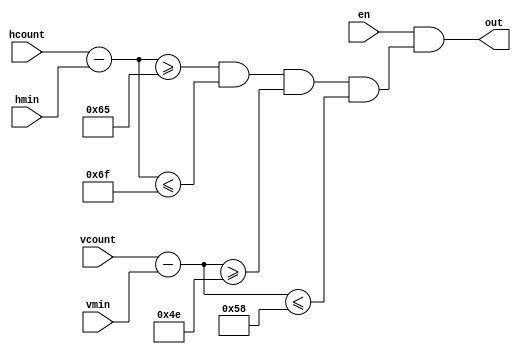
`timescale 1ns / 1ps
//////////////////////////////////////////////////////////////////////////////////
// Company: 
// Engineer: 
// 
// Design Name: 
// Module Name:    dotfig 
// Project Name: 
// Target Devices: 
// Tool versions: 
// Description: 
//
// Dependencies: 
//
// Revision: 
// Revision 0.01 - File Created
// Additional Comments: 
//
//////////////////////////////////////////////////////////////////////////////////
module cfig(hmin, hcount, vmin, vcount, en, out);
	input[10:0] hcount, vcount;
	input[10:0]	hmin, vmin;
	input en;
	output out;
	
	wire[10:0] h, v;
	
	assign h=hcount-hmin;
	assign v=vcount-vmin;
	
	assign out = en && (h >= 101 && h <= 111 && v >= 78 && v <= 88);

endmodule